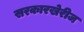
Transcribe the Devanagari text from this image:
सरकारखेरीज